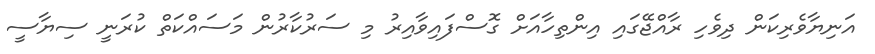
އަނިޔާވެރިކަން ދިވެހި ރާއްޖޭގައި އިންތިހާއަށް ގޮސްފައިވާއިރު މި ސަރުކާރުން މަސައްކަތް ކުރަނީ ސިޔާސީ